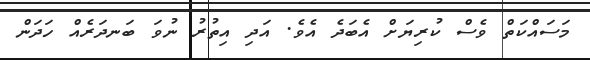
މަސައްކަތް ވެސް ކުރިޔަށް އެބަދެ އެވެ. އަދި އިތުރު ނުވަ ބަނދަރެއް ހަދަން